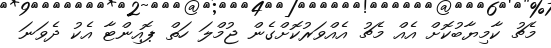
މެޗު ކާމިޔާބުކޮށް އެއް މެޗު އެއްވަރުކޮށްގެން ޖުމްލަ ހަތް ޕޮއިންޓާ އެކު ދެވަނަ